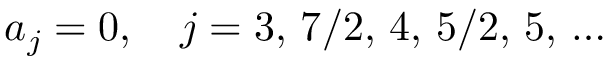
a _ { j } = 0 , \quad j = 3 , \, 7 / 2 , \, 4 , \, 5 / 2 , \, 5 , \, \ldots